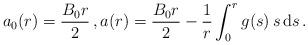
LaTeX: \begin{align*}a_0(r) = \frac{B_0 r}{2}\,, a(r) = \frac{B_0 r}{2} - \frac{1}{r} \int_0^r g(s)\, s\, \mathrm{d}s\,.\end{align*}